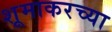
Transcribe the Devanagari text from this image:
शूमाकरच्या